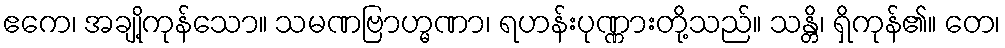
ဧကေ၊ အချို့ကုန်သော။ သမဏဗြာဟ္မဏာ၊ ရဟန်းပုဏ္ဏားတို့သည်။ သန္တိ၊ ရှိကုန်၏။ တေ၊